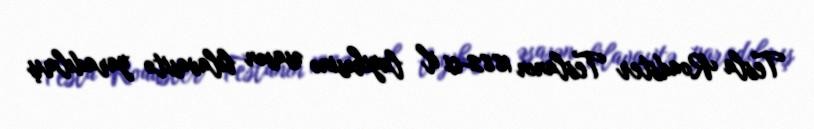
Tesla Roadster Teslanın 1882-ci il layihəsinə əsasən bilavasitə yaradılmış